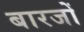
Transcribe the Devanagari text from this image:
बारजों